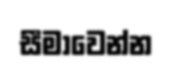
සීමාවෙන්න